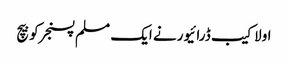
اولاکیب ڈرائیورنے ایک مسلم پسنجرکوبیچ